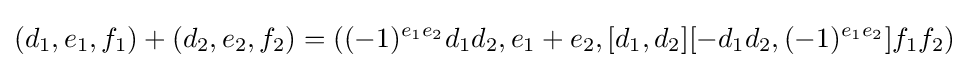
(d_{1},e_{1},f_{1})+(d_{2},e_{2},f_{2})=((-1)^{e_{1}e_{2}}d_{1}d_{2},e_{1}+e_{2},[d_{1},d_{2}][-d_{1}d_{2},(-1)^{e_{1}e_{2}}]f_{1}f_{2})